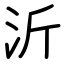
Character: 沂